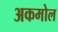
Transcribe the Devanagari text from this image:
अकमोल